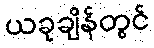
ယခုချိန်တွင်